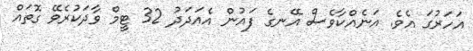
އަހަރުގަ އެވެ. އަނެއްކާވެސް އޭނގެ ފައުން އެއަދަދު 32 ޓީމް ވާދަކުރެވޭ ގޮތައް